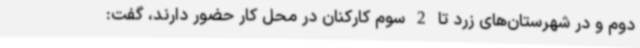
دوم و در شهرستان‌های زرد تا 2 سوم کارکنان در محل کار حضور دارند، گفت: